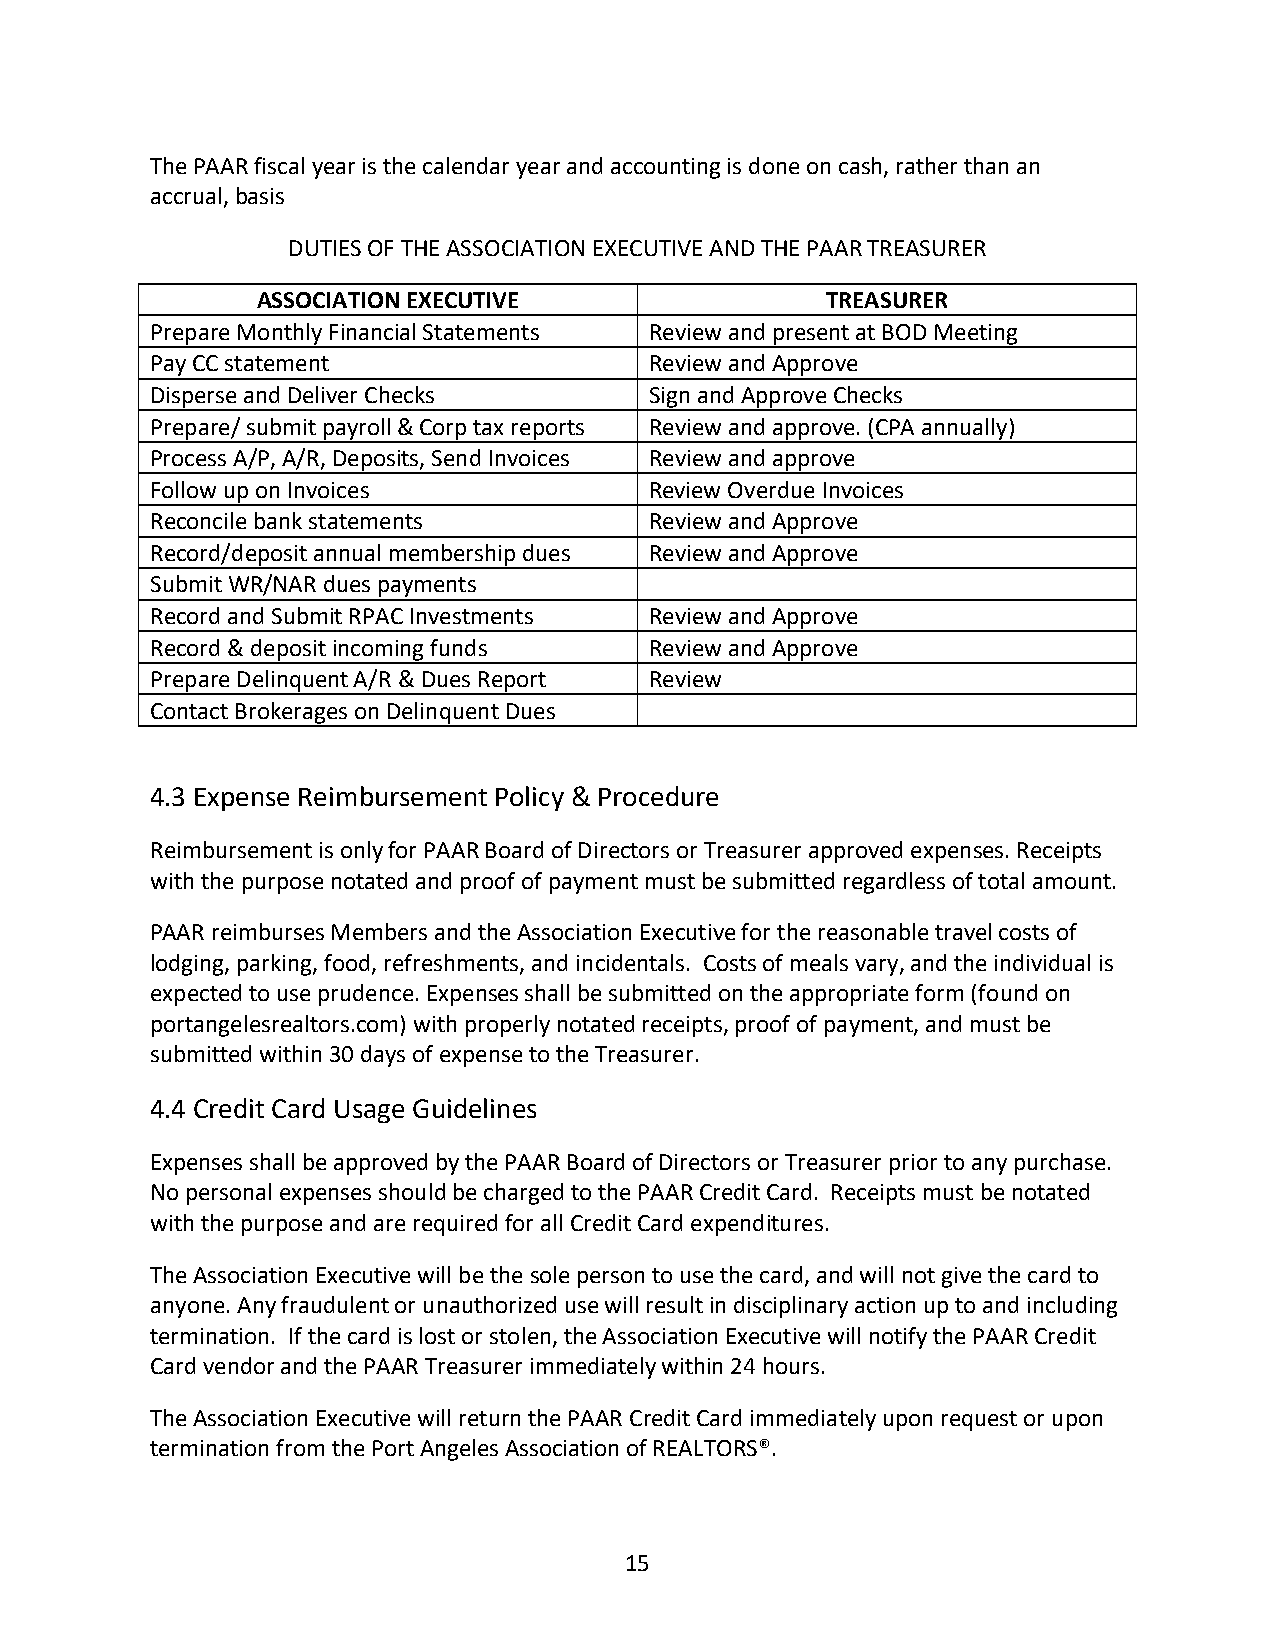
The PAAR fiscal year is the calendar year and accounting is done on cash, rather than an
 accrual, basis
 DUTIES OF THE ASSOCIATION EXECUTIVE AND THE PAAR TREASURER
 ASSOCIATION EXECUTIVE                 TREASURER
 Prepare Monthly Financial Statements Review and present at BOD Meeting
 Pay CC statement                 Review and Approve
 Disperse and Deliver Checks      Sign and Approve Checks
 Prepare/ submit payroll & Corp tax reports Review and approve. (CPA annually)
 Process A/P, A/R, Deposits, Send Invoices Review and approve
 Follow up on Invoices            Review Overdue Invoices
 Reconcile bank statements        Review and Approve
 Record/deposit annual membership dues Review and Approve
 Submit WR/NAR dues payments
 Record and Submit RPAC Investments Review and Approve
 Record & deposit incoming funds  Review and Approve
 Prepare Delinquent A/R & Dues Report Review
 Contact Brokerages on Delinquent Dues
 4.3 Expense Reimbursement Policy & Procedure
 Reimbursement is only for PAAR Board of Directors or Treasurer approved expenses. Receipts
 with the purpose notated and proof of payment must be submitted regardless of total amount.
 PAAR reimburses Members and the Association Executive for the reasonable travel costs of
 lodging, parking, food, refreshments, and incidentals. Costs of meals vary, and the individual is
 expected to use prudence. Expenses shall be submitted on the appropriate form (found on
 portangelesrealtors.com) with properly notated receipts, proof of payment, and must be
 submitted within 30 days of expense to the Treasurer.
 4.4 Credit Card Usage Guidelines
 Expenses shall be approved by the PAAR Board of Directors or Treasurer prior to any purchase.
 No personal expenses should be charged to the PAAR Credit Card. Receipts must be notated
 with the purpose and are required for all Credit Card expenditures.
 The Association Executive will be the sole person to use the card, and will not give the card to
 anyone. Any fraudulent or unauthorized use will result in disciplinary action up to and including
 termination. If the card is lost or stolen, the Association Executive will notify the PAAR Credit
 Card vendor and the PAAR Treasurer immediately within 24 hours.
 The Association Executive will return the PAAR Credit Card immediately upon request or upon
 termination from the Port Angeles Association of REALTORS®.
 15